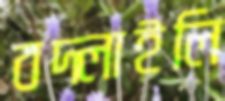
বদ্‌লাইলি